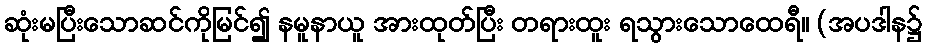
ဆုံးမပြီးသောဆင်ကိုမြင်၍ နမူနာယူ အားထုတ်ပြီး တရားထူး ရသွားသောထေရီ။ (အပဒါန၌